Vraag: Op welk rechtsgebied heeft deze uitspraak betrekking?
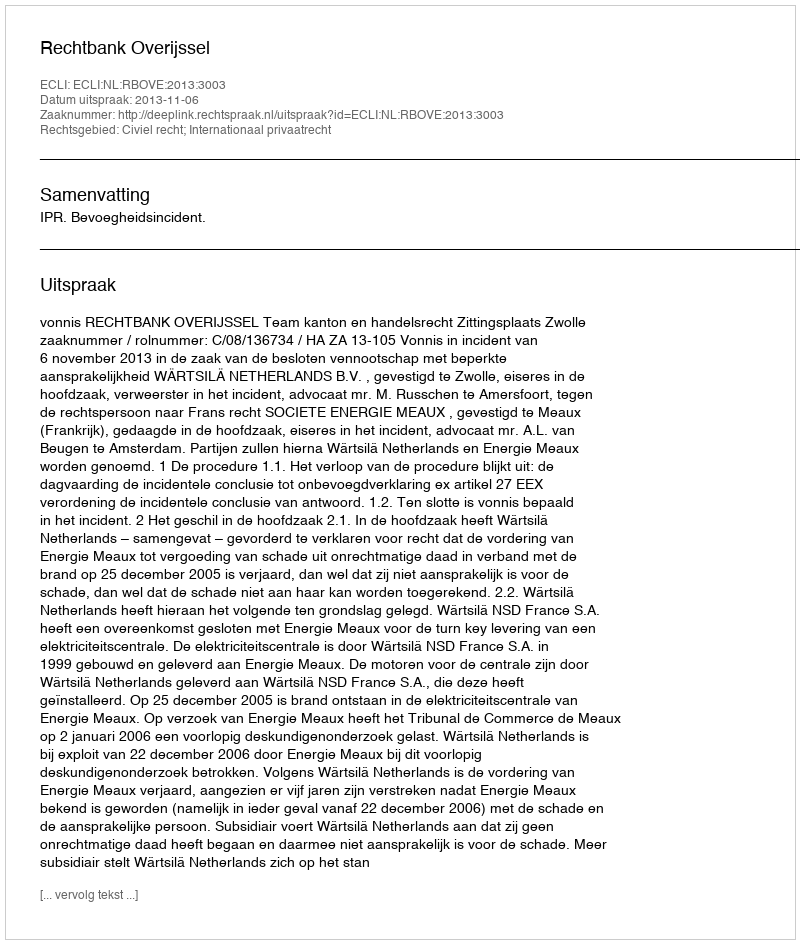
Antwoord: Civiel recht; Internationaal privaatrecht